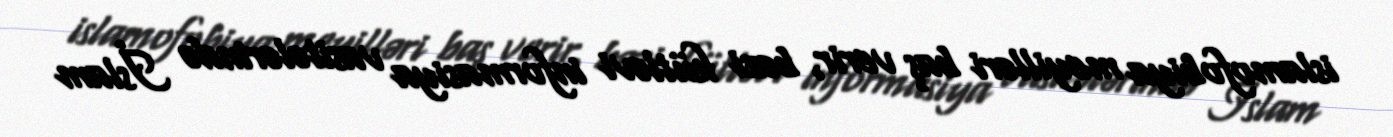
islamofobiya meyilləri baş verir, bəzi kütləvi informasiya vasitələrində İslam